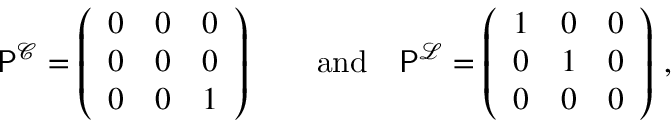
\begin{array} { r } { \mathsf { P } ^ { \mathcal { C } } = \left( \begin{array} { l l l } { 0 } & { 0 } & { 0 } \\ { 0 } & { 0 } & { 0 } \\ { 0 } & { 0 } & { 1 } \end{array} \right) \qquad \mathrm { a n d } \quad \mathsf { P } ^ { \mathcal { L } } = \left( \begin{array} { l l l } { 1 } & { 0 } & { 0 } \\ { 0 } & { 1 } & { 0 } \\ { 0 } & { 0 } & { 0 } \end{array} \right) \, , } \end{array}